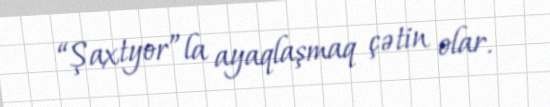
“Şaxtyor”la ayaqlaşmaq çətin olar.